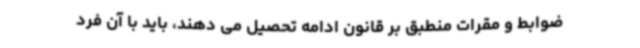
ضوابط و مقرات منطبق بر قانون ادامه تحصیل می دهند، باید با آن فرد